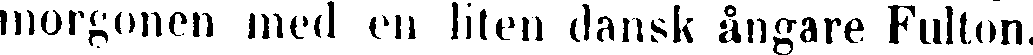
morgonen med en liten dansk ångare Fulton,